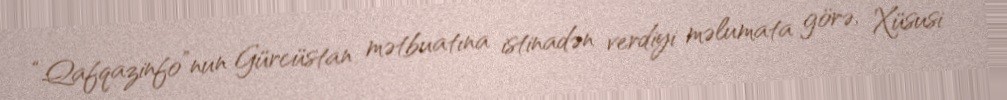
“Qafqazinfo”nun Gürcüstan mətbuatına istinadən verdiyi məlumata görə, Xüsusi